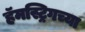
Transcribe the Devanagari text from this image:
हॅमस्ट्रिगच्या